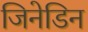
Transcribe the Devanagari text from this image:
जिनेडिन